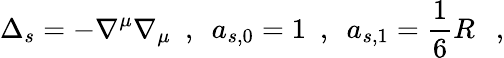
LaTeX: \Delta_{s}=-\nabla^{\mu}\nabla_{\mu}~~,~~a_{s,0}=1~~,~~a_{s,1}=\frac 16R~~~,